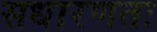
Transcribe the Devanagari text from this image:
सधारणतः